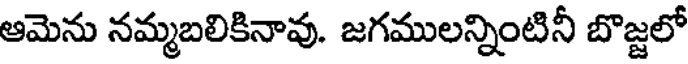
ఆమెను నమ్మబలికినావు. జగములన్నింటినీ బొజ్జలో